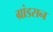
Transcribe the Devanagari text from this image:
ग्रांडसन